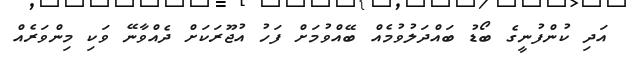
އަދި ކުންފުނީގެ ބޯޑު ބައްދަލުވުމެއް ބޭއްވުމަށް ފަހު އުޖޫރަކަށް ދެއްވާނޭ ވަކި މިންވަރެއް